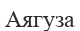
Аягуза